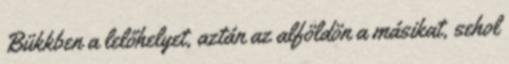
Bükkben a lelőhelyet, aztán az alföldön a másikat, sehol